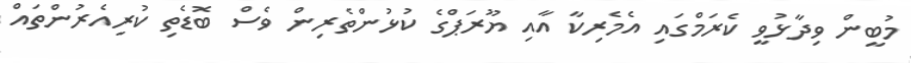
މުބީން ވިދާޅުވީ ކެރަމްގައި އެމެރިކާ އާއި ޔޫރަޕްގެ ކުޅުންތެރިން ވެސް ބޮޑެތި ކުރިއެރުންތައް